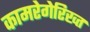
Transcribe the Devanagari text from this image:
कामरेगेरिख्त